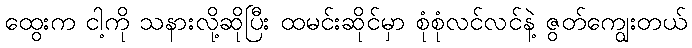
ထွေးက ငါ့ကို သနားလို့ဆိုပြီး ထမင်းဆိုင်မှာ စုံစုံလင်လင်နဲ့ ဇွတ်ကျွေးတယ်